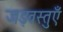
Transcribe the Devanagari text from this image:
जड़वस्तुएँ